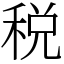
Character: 税